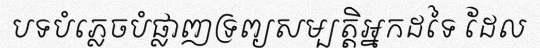
បទបំភ្លេចបំផ្លាញទ្រព្យសម្បត្តិអ្នកដទៃ ដែល